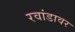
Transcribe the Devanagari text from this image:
रवांडावर